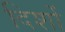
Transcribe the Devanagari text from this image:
दिशों